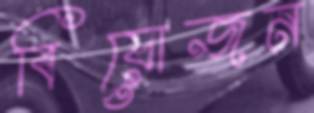
বিয়োজন